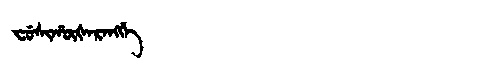
Manchu: ᠸᡠᠰᡳᡥᡡᡧᠠᡵᠠᠩᡤᡝ
Romanization: FUSIHŪŠARANGGE